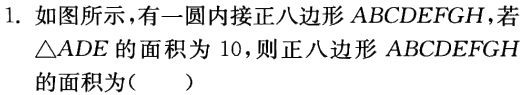
1. 如图所示，有一圆内接正八边形 \(ABCDEFGH\)，若\(\triangle ADE\)的面积为 \(10\)，则正八边形 \(ABCDEFGH\)的面积为（  ）